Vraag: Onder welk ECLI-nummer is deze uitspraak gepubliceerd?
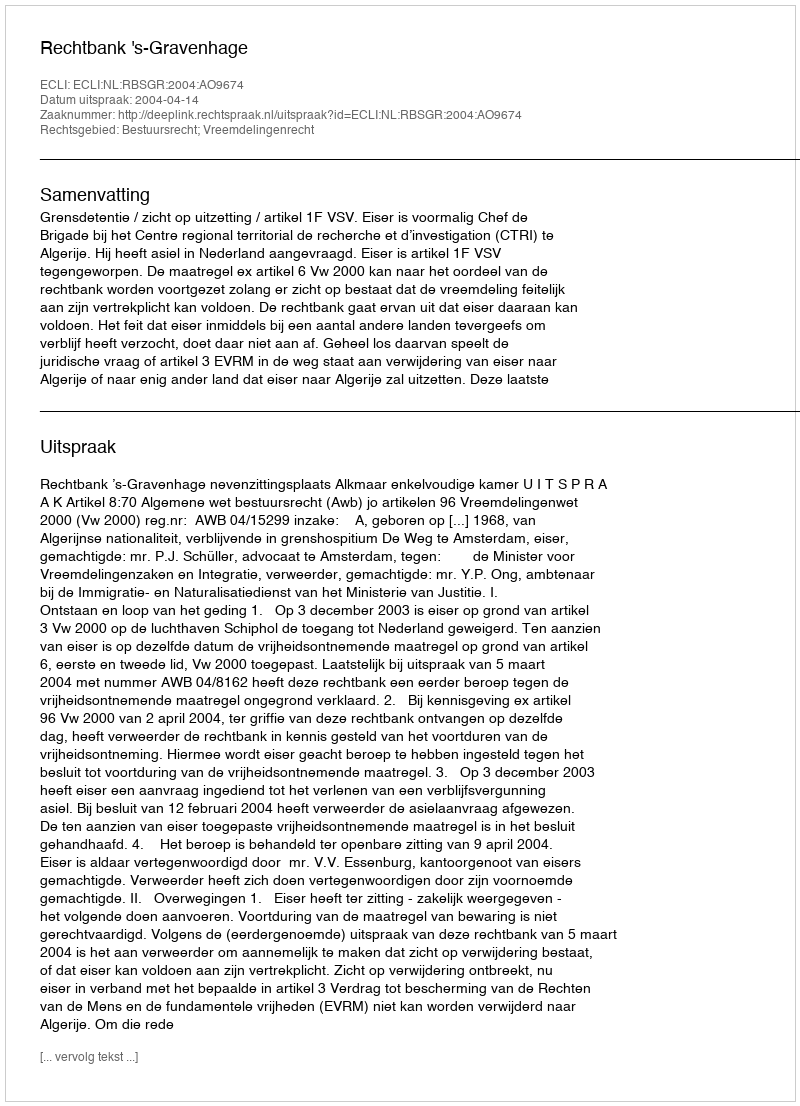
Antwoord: ECLI:NL:RBSGR:2004:AO9674